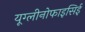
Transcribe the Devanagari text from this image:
यूग्लीनोफाइसिई